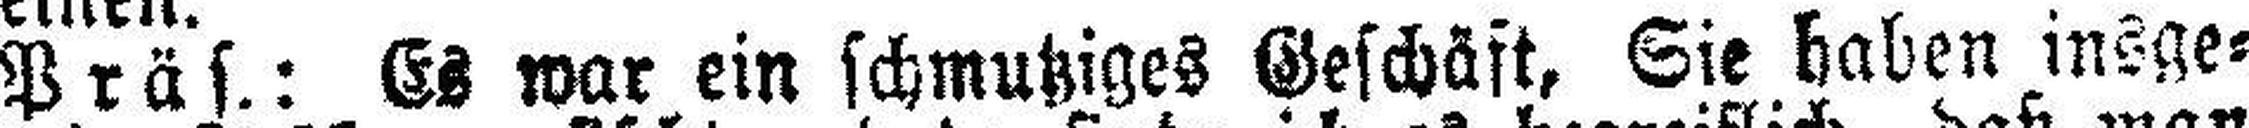
Präs.: Es war ein schmutziges Geschäft, Sie haben insge¬